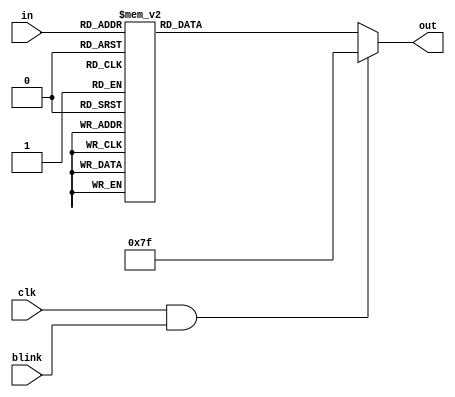
module sib(in, out, blink, clk);
	input [3:0] in;
	input blink, clk;
	output reg [6:0] out;
	
always @(*) begin
	if(clk&&blink) begin
		out=7'b1111111;
	end else begin
		case(in)
			4'b0000:out=7'b1000000;
			4'b0001:out=7'b1111001;
			4'b0010:out=7'b0100100;
			4'b0011:out=7'b0110000;
			4'b0100:out=7'b0011001;
			4'b0101:out=7'b0010010;
			4'b0110:out=7'b0000010;
			4'b0111:out=7'b1011000;
			4'b1000:out=7'b0000000;
			4'b1001:out=7'b0010000;
			default:out=7'b1111111;
		endcase
	end
end
endmodule